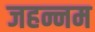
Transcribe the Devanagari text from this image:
जहन्नम